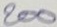
200